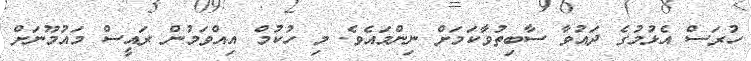
ހުރަސް އެޅުމުގެ ދައުވާ ސާބިތުވާކަމަށް ނިންމައެވެ. މި ހުކުމް އިއްވަމުން ރައީސް މައުމޫނަށް